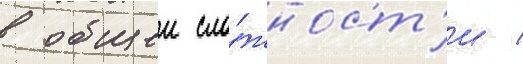
в общеи сло́жност'и /